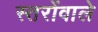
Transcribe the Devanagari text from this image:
स्तरोंवाले